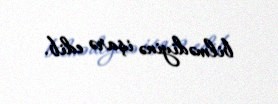
bilmədiyinə işarə edib.